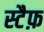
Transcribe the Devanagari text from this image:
स्टैफ़